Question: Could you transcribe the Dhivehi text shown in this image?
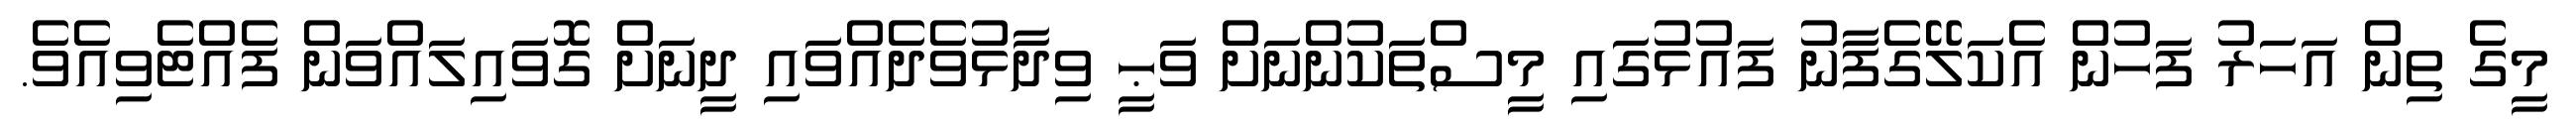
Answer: މީގެ ތިން އަހަރު ފަހުން އެކަލޭގެފާނު ފައުޅުގައި މީސްތަކުންނަށް ވަޙީ ވިދާޅުވެދެއްވައި ދީނަށް ގޮވައިލައްވަން ފެއްޓެވިއެވެ.